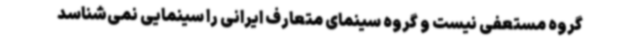
گروه مستعفی نیست و گروه سینمای متعارف ایرانی را سینمایی نمی‌شناسد